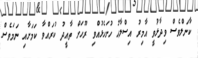
ކާނަލްވެސް ވިދާޅުވީ އާމިރު އިސްލާހު ހުށަހެޅުއްވި ރޫހަށް ތާއީދު ކުރައްވާ ކަމަށާއި ނަމަވެސް